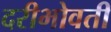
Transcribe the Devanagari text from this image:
दरीभोवती